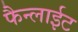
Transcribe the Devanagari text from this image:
फैन्लाईट